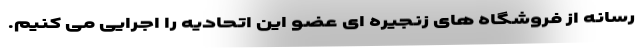
رسانه از فروشگاه های زنجیره ای عضو این اتحادیه را اجرایی می کنیم.